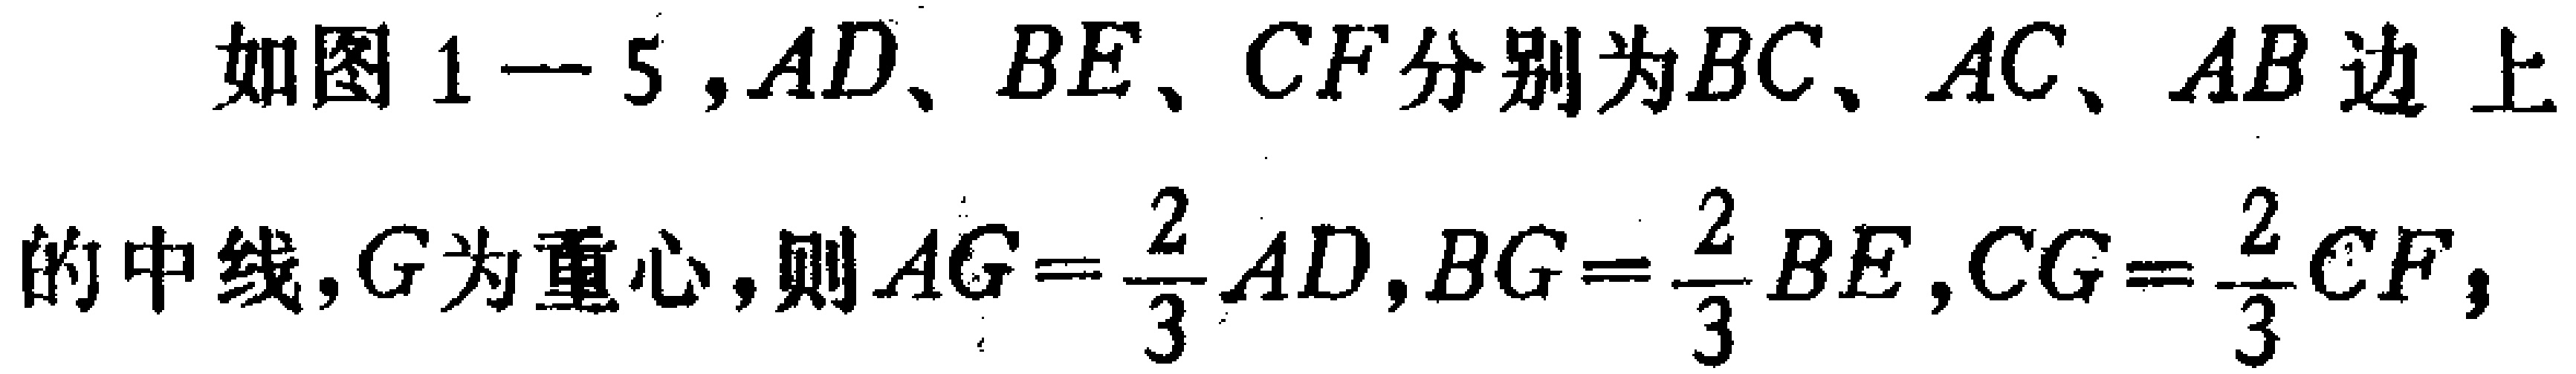
如图1—5，$AD、BE、CF$分别为$BC、AC、AB$边上

的中线，$G$为重心，则$AG = \frac{2}{3}AD$，$BG = \frac{2}{3}BE$，$CG = \frac{2}{3}CF$，